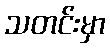
သတင်းမှာ